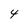
Character: 4